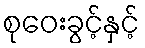
စုဝေးခွင့်နှင့်